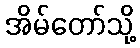
အိမ်တော်သို့